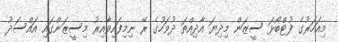
މިއަހަރުގެ ފުޓްބޯޅަ ސީޒަން މިދިޔަ އާދިއްތަ ދުވަހުގެ ރޭ ނިމިފައިވާއިރު މިސީޒަންގައި އައްސަދު